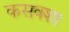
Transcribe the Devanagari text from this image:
कसक्शा